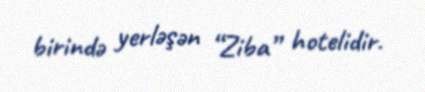
birində yerləşən “Ziba” hotelidir.